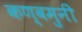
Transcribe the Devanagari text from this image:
कण्वमुनी